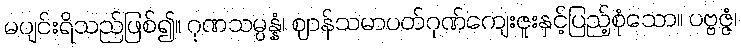
မပျင်းရိသည်ဖြစ်၍။ ဂုဏသမ္ပန္နံ၊ ဈာန်သမာပတ်ဂုဏ်ကျေးဇူးနှင့်ပြည့်စုံသော။ ပဗ္ဗဇ္ဇံ၊